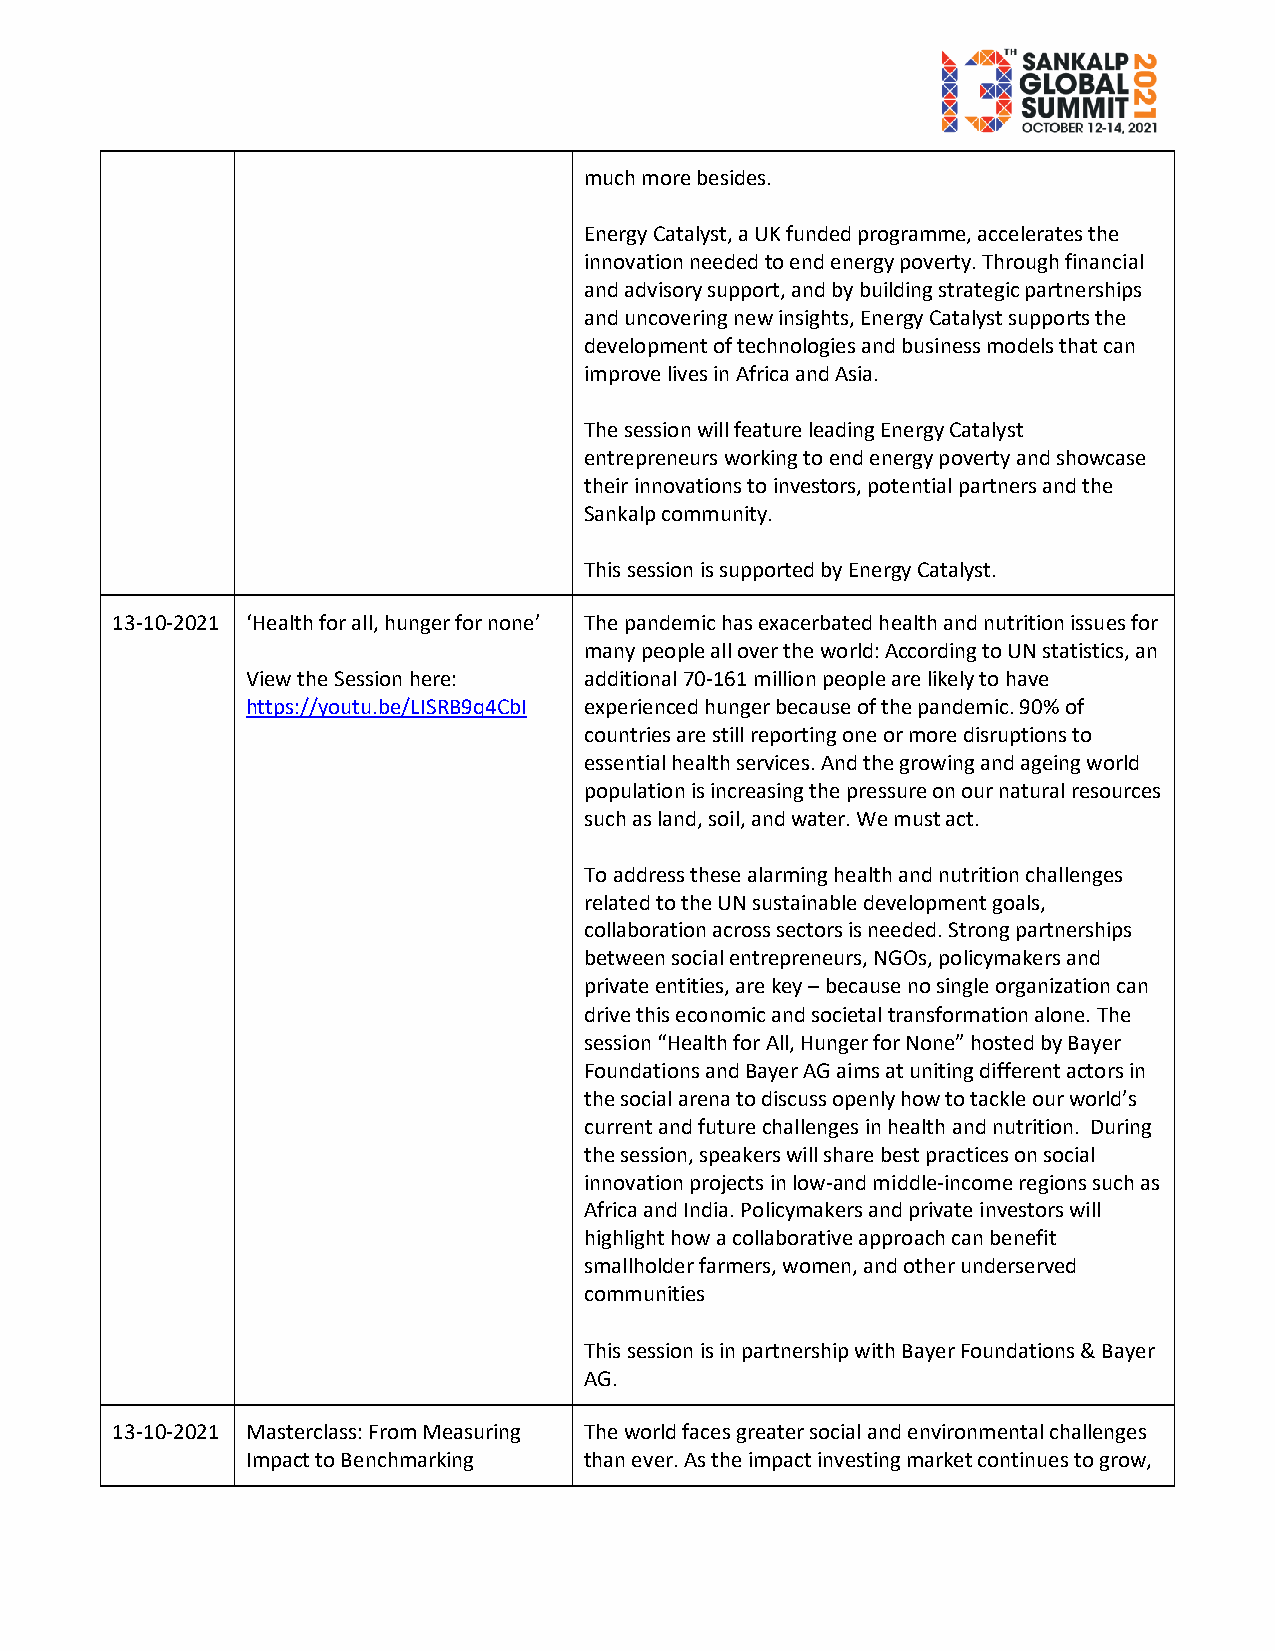
much more besides.
 Energy Catalyst, a UK funded programme, accelerates the
 innovation needed to end energy poverty. Through financial
 and advisory support, and by building strategic partnerships
 and uncovering new insights, Energy Catalyst supports the
 development of technologies and business models that can
 improve lives in Africa and Asia.
 The session will feature leading Energy Catalyst
 entrepreneurs working to end energy poverty and showcase
 their innovations to investors, potential partners and the
 Sankalp community.
 This session is supported by Energy Catalyst.
 13-10-2021 ‘Health for all, hunger for none’ The pandemic has exacerbated health and nutrition issues for
 many people all over the world: According to UN statistics, an
 View the Session here: additional 70-161 million people are likely to have
 https://youtu.be/LISRB9q4CbI experienced hunger because of the pandemic. 90% of
 countries are still reporting one or more disruptions to
 essential health services. And the growing and ageing world
 population is increasing the pressure on our natural resources
 such as land, soil, and water. We must act.
 To address these alarming health and nutrition challenges
 related to the UN sustainable development goals,
 collaboration across sectors is needed. Strong partnerships
 between social entrepreneurs, NGOs, policymakers and
 private entities, are key – because no single organization can
 drive this economic and societal transformation alone. The
 session “Health for All, Hunger for None” hosted by Bayer
 Foundations and Bayer AG aims at uniting different actors in
 the social arena to discuss openly how to tackle our world’s
 current and future challenges in health and nutrition. During
 the session, speakers will share best practices on social
 innovation projects in low-and middle-income regions such as
 Africa and India. Policymakers and private investors will
 highlight how a collaborative approach can benefit
 smallholder farmers, women, and other underserved
 communities
 This session is in partnership with Bayer Foundations & Bayer
 AG.
 13-10-2021 Masterclass: From Measuring The world faces greater social and environmental challenges
 Impact to Benchmarking than ever. As the impact investing market continues to grow,